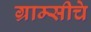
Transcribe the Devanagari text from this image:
ग्राम्सीचे